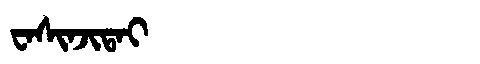
Manchu: ᠸᠠᠰᡳᠨᠵᡳᡨᠠᡳ
Romanization: WASINJITAI